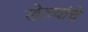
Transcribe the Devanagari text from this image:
खेळ्यांचे